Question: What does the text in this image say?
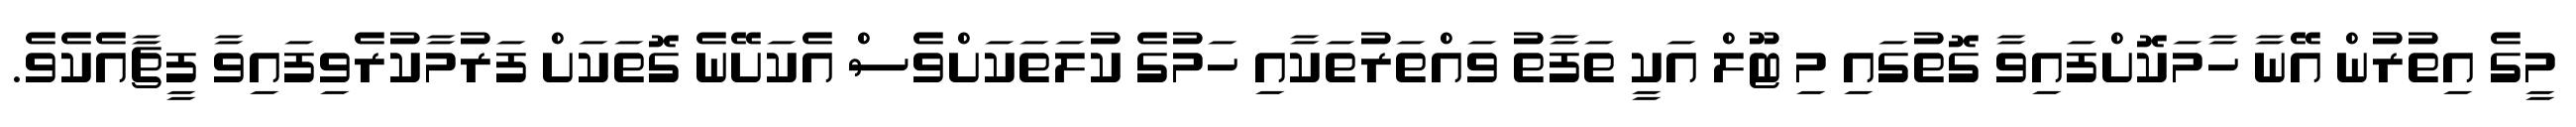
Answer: މީގެ އިތުރުން އޭނާ ހާމަކޮށްފައިވާ ގޮތުގައި މި ޓޫލް އަކީ ތަފާތު ވައްތަރުތަކާއި ހަމުގެ ކުލަތަކަށްވެސް އެކަށޭނެ ގޮތަކަށް ފަރުމާކުރެވިފައިވާ ފީޗާއެކެވެ.